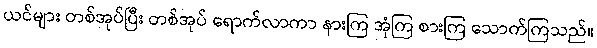
ယင်များ တစ်အုပ်ပြီး တစ်အုပ် ရောက်လာကာ နားကြ အုံကြ စားကြ သောက်ကြသည်။